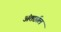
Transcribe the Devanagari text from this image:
अंतर्छाल